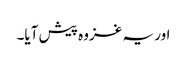
اور یہ غزوہ پیش آیا۔